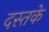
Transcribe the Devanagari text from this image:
दस्तके